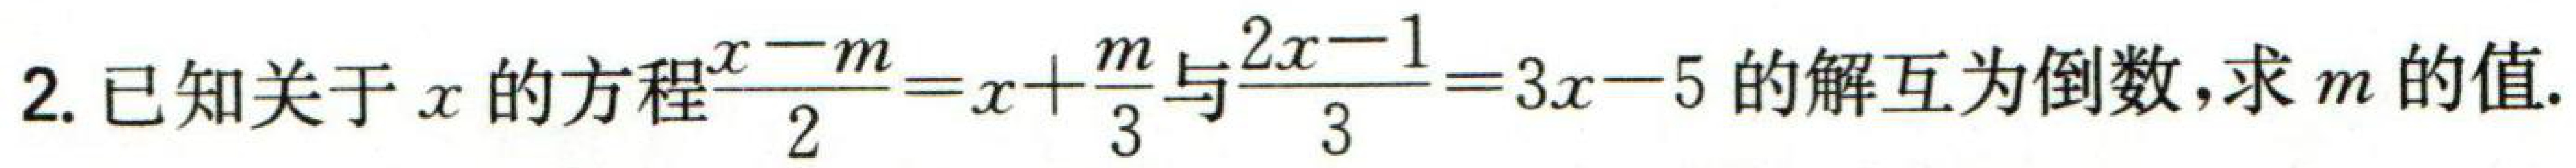
2. 已知关于\(x\)的方程\(\frac{x - m}{2}=x+\frac{m}{3}\)与\(\frac{2x - 1}{3}=3x - 5\)的解互为倒数，求\(m\)的值.